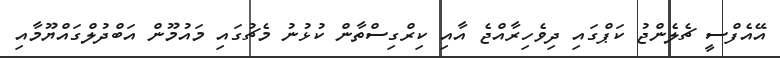
އޭއެފްސީ ޗެލެންޖު ކަޕްގައި ދިވެހިރާއްޖެ އާއި ކިރްގިސްތާން ކުޅުނު މެޗުގައި މައުމޫން އަބްދުލްގައްޔޫމާއި